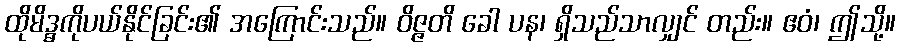
ထိုမိဒ္ဓကိုပယ်နိုင်ခြင်း၏ အကြောင်းသည်။ ဝိဇ္ဇတိ ခေါ ပန၊ ရှိသည်သာလျှင် တည်း။ ဧဝံ၊ ဤသို့။